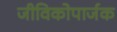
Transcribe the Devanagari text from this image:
जीविकोपार्जक